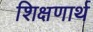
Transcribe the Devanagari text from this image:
शिक्षणार्थ